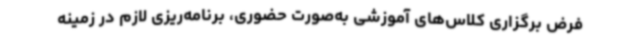
فرض برگزاری کلاس‌های آموزشی به‌صورت حضوری، برنامه‌ریزی لازم در زمینه